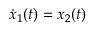
{ \dot { x } } _ { 1 } ( t ) = x _ { 2 } ( t )